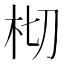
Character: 𣐆